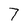
Character: 7